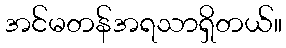
အင်မတန်အရသာရှိတယ်။